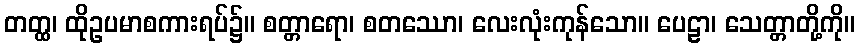
တတ္ထ၊ ထိုဥပမာစကားရပ်၌။ စတ္တာရော၊ စတဿော၊ လေးလုံးကုန်သော။ ပေဠာ၊ သေတ္တာတို့ကို။